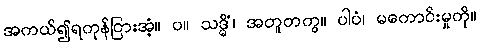
အကယ်၍ရကုန်ငြားအံ့။ ပ။ သဒ္ဓိံ၊ အတူတကွ။ ပါပံ၊ မကောင်းမှုကို။